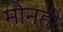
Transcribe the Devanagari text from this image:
मौनही